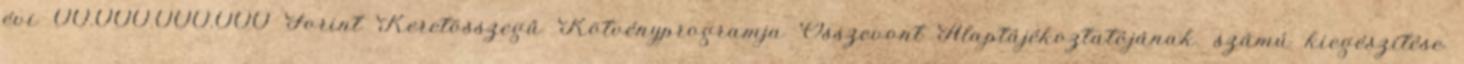
évi 00.000.000.000 Forint Keretösszegű Kötvényprogramja Összevont Alaptájékoztatójának. számú kiegészítése